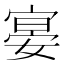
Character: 𡩷